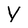
Character: Y